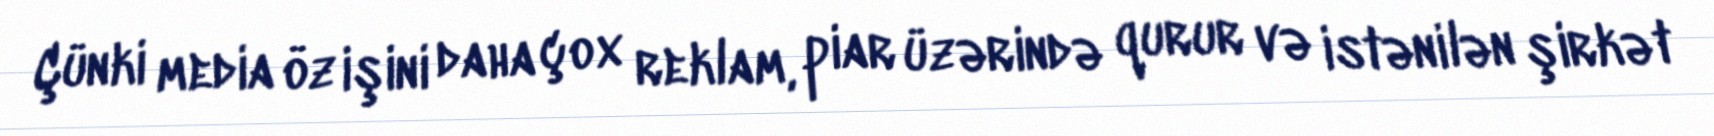
Çünki media öz işini daha çox reklam, piar üzərində qurur və istənilən şirkət